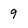
Character: 9